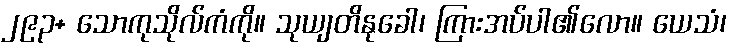
၂၉၃+ သောကုသိုလ်ကံကို။ သုယျတိနုခေါ၊ ကြားအပ်ပါ၏လော။ ယေသံ၊